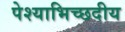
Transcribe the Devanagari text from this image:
पेश्याभिच्छदीय